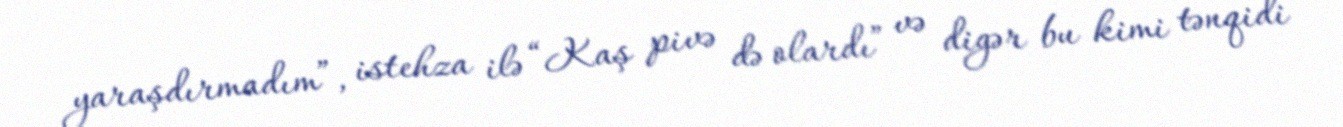
yaraşdırmadım”, istehza ilə “Kaş pivə də olardı” və digər bu kimi tənqidi